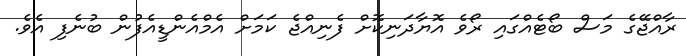
ރާއްޖޭގެ މަސް ބޯޓެއްގައި ރޯވެ އޮޔާދަނިކޮށް ފެނިއްޖެ ކަމަށް އެމްއެންޑީއެފުން ބުނެފި އެވެ.